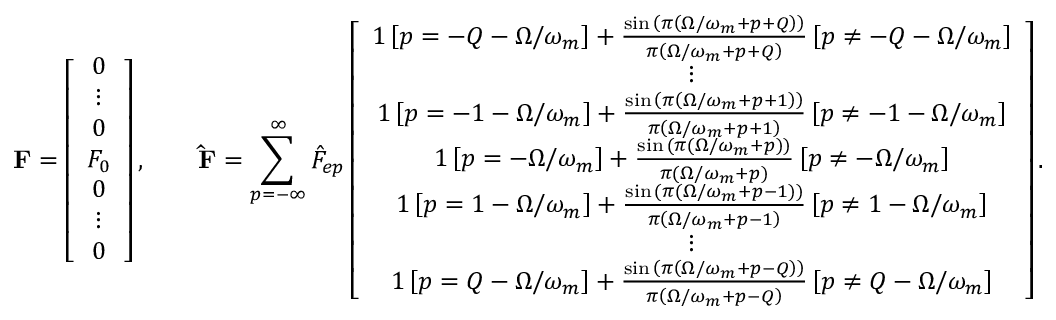
\mathbf { F } = \left[ \begin{array} { c c c c c c c } { 0 } \\ { \vdots } \\ { 0 } \\ { F _ { 0 } } \\ { 0 } \\ { \vdots } \\ { 0 } \end{array} \right] , \qquad \mathbf { \hat { F } } = \sum _ { p = - \infty } ^ { \infty } \hat { F } _ { e p } \left[ \begin{array} { c c c c c c c } { 1 \left[ p = - Q - \Omega / \omega _ { m } \right] + \frac { \sin { \left( \pi \left( \Omega / \omega _ { m } + p + Q \right) \right) } } { \pi \left( \Omega / \omega _ { m } + p + Q \right) } \left[ p \neq - Q - \Omega / \omega _ { m } \right] } \\ { \vdots } \\ { 1 \left[ p = - 1 - \Omega / \omega _ { m } \right] + \frac { \sin { \left( \pi \left( \Omega / \omega _ { m } + p + 1 \right) \right) } } { \pi \left( \Omega / \omega _ { m } + p + 1 \right) } \left[ p \neq - 1 - \Omega / \omega _ { m } \right] } \\ { 1 \left[ p = - \Omega / \omega _ { m } \right] + \frac { \sin { \left( \pi \left( \Omega / \omega _ { m } + p \right) \right) } } { \pi \left( \Omega / \omega _ { m } + p \right) } \left[ p \neq - \Omega / \omega _ { m } \right] } \\ { 1 \left[ p = 1 - \Omega / \omega _ { m } \right] + \frac { \sin { \left( \pi \left( \Omega / \omega _ { m } + p - 1 \right) \right) } } { \pi \left( \Omega / \omega _ { m } + p - 1 \right) } \left[ p \neq 1 - \Omega / \omega _ { m } \right] } \\ { \vdots } \\ { 1 \left[ p = Q - \Omega / \omega _ { m } \right] + \frac { \sin { \left( \pi \left( \Omega / \omega _ { m } + p - Q \right) \right) } } { \pi \left( \Omega / \omega _ { m } + p - Q \right) } \left[ p \neq Q - \Omega / \omega _ { m } \right] } \end{array} \right] .